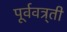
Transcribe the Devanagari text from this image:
पूर्ववत्र्ती